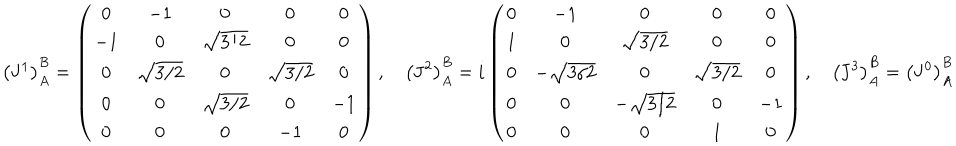
LaTeX: \left( { \bf J } ^ { 1 } \right) _ { A } ^ { B } = \left( \begin{array} { c c c c c } { { 0 } } & { { - 1 } } & { { 0 } } & { { 0 } } & { { 0 } } \\ { { - 1 } } & { { 0 } } & { { \sqrt { 3 / 2 } } } & { { 0 } } & { { 0 } } \\ { { 0 } } & { { \sqrt { 3 / 2 } } } & { { 0 } } & { { \sqrt { 3 / 2 } } } & { { 0 } } \\ { { 0 } } & { { 0 } } & { { \sqrt { 3 / 2 } } } & { { 0 } } & { { - 1 } } \\ { { 0 } } & { { 0 } } & { { 0 } } & { { - 1 } } & { { 0 } } \\ \end{array} \right) , \quad \left( { \bf J } ^ { 2 } \right) _ { A } ^ { B } = i \left( \begin{array} { c c c c c } { { 0 } } & { { - 1 } } & { { 0 } } & { { 0 } } & { { 0 } } \\ { { 1 } } & { { 0 } } & { { \sqrt { 3 / 2 } } } & { { 0 } } & { { 0 } } \\ { { 0 } } & { { - \sqrt { 3 / 2 } } } & { { 0 } } & { { \sqrt { 3 / 2 } } } & { { 0 } } \\ { { 0 } } & { { 0 } } & { { - \sqrt { 3 / 2 } } } & { { 0 } } & { { - 1 } } \\ { { 0 } } & { { 0 } } & { { 0 } } & { { 1 } } & { { 0 } } \\ \end{array} \right) , \quad \left( { \bf J } ^ { 3 } \right) _ { A } ^ { B } = \left( { \bf J } ^ { 0 } \right) _ { A } ^ { B }